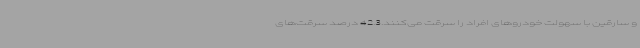
و سارقین با سهولت خودروهای افراد را سرقت می‌کنند.42.3 درصد سرقت‌های